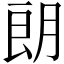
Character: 朗